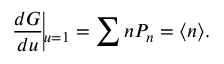
\frac { d G } { d u } \vline _ { u = 1 } = \sum n P _ { n } = \langle n \rangle .